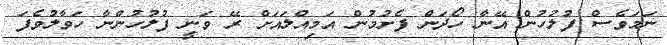
ނަމަވެސް ފުލުހުން އޭނާ ހޯދަން ފެށުމުން އަމިއްލައަށް ރޭ ވަނީ ފުލުހުންނާ ހަވާލުވެފަ